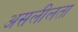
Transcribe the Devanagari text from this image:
असलीलता